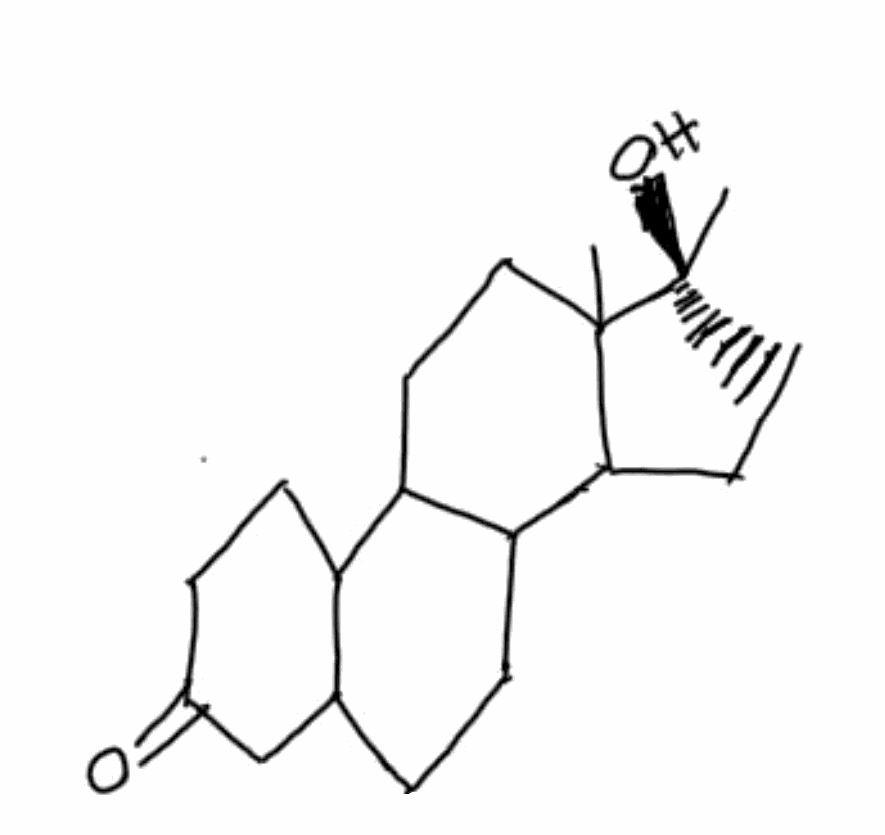
Simplified molecular-input line-entry system (SMILES) notation of the given molecule:
C[C@@]1(CCC2C1(CCC3C2CCC4C3CCC(=O)C4)C)O